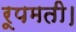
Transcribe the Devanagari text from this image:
रूपमती।